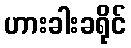
ဟားခါးခရိုင်